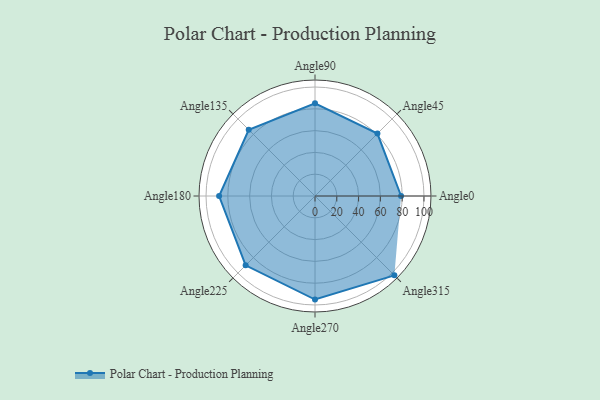
{"axis": {"x": "Angle", "y": "Radius"}, "legend": [""], "data": [{"x": "Angle0", "y": 79.0, "type": ""}, {"x": "Angle45", "y": 81.0, "type": ""}, {"x": "Angle90", "y": 85.0, "type": ""}, {"x": "Angle135", "y": 86.0, "type": ""}, {"x": "Angle180", "y": 88.0, "type": ""}, {"x": "Angle225", "y": 90.0, "type": ""}, {"x": "Angle270", "y": 95.0, "type": ""}, {"x": "Angle315", "y": 103.0, "type": ""}]}